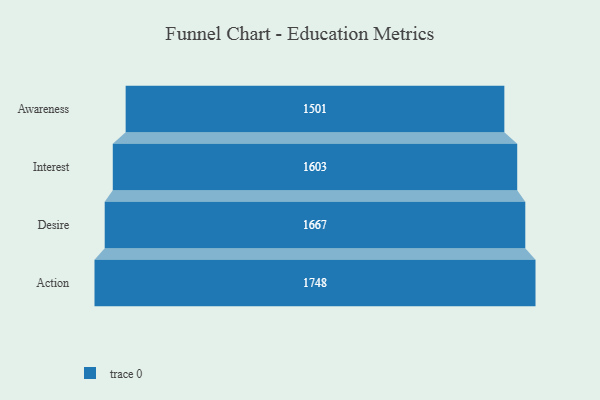
{"axis": {"x": "Stage", "y": "Value"}, "legend": [""], "data": [{"x": "Awareness", "y": 1501.0, "type": ""}, {"x": "Interest", "y": 1603.0, "type": ""}, {"x": "Desire", "y": 1667.0, "type": ""}, {"x": "Action", "y": 1748.0, "type": ""}]}